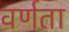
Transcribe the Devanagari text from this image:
वर्णता